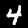
Digit: 4